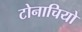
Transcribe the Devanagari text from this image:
टोनाचियो